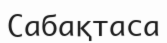
Сабақтаса